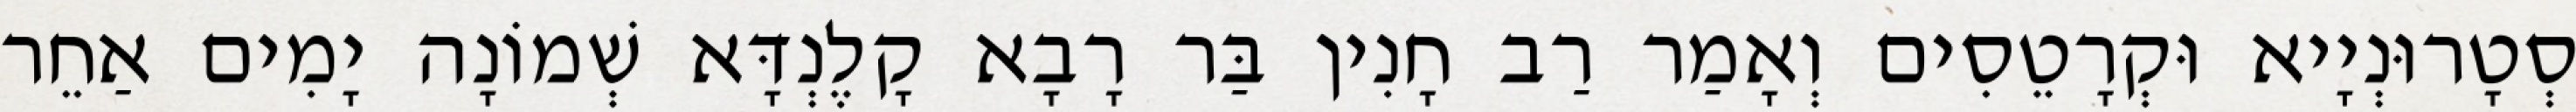
סְטָרוּנְיָיא וּקְרָטֵסִים וְאָמַר רַב חָנִין בַּר רָבָא קָלֶנְדָּא שְׁמוֹנָה יָמִים אַחֵר